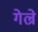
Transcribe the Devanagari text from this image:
गेल्रे